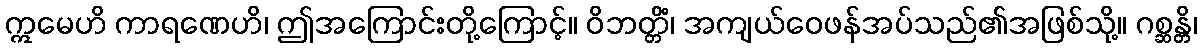
ဣမေဟိ ကာရဏေဟိ၊ ဤအကြောင်းတို့ကြောင့်။ ဝိဘတ္တိံ၊ အကျယ်ဝေဖန်အပ်သည်၏အဖြစ်သို့။ ဂစ္ဆန္တိ၊